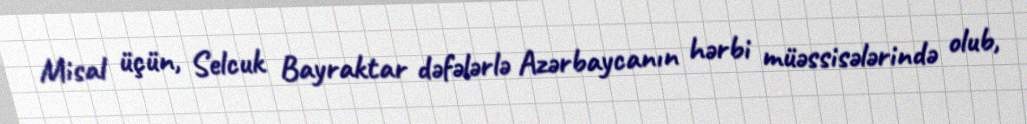
Misal üçün, Selcuk Bayraktar dəfələrlə Azərbaycanın hərbi müəssisələrində olub,